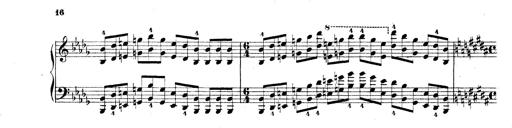
Title: Technische Studien
Composer: Franz Liszt